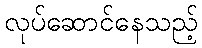
လုပ်ဆောင်နေသည့်